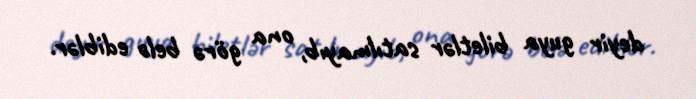
deyir guya biletlər satılmayıb, ona görə belə ediblər.